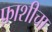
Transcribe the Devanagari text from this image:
फ़ाशीचा